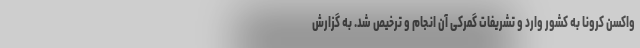
واکسن کرونا به کشور وارد و تشریفات گمرکی آن انجام و ترخیص شد. به گزارش